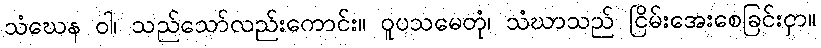
သံဃေန ဝါ၊ သည်သော်လည်းကောင်း။ ဝူပသမေတုံ၊ သံဃာသည် ငြိမ်းအေးစေခြင်းငှာ။